Calcutta medical institutions reports 1871-78
Year: 1871
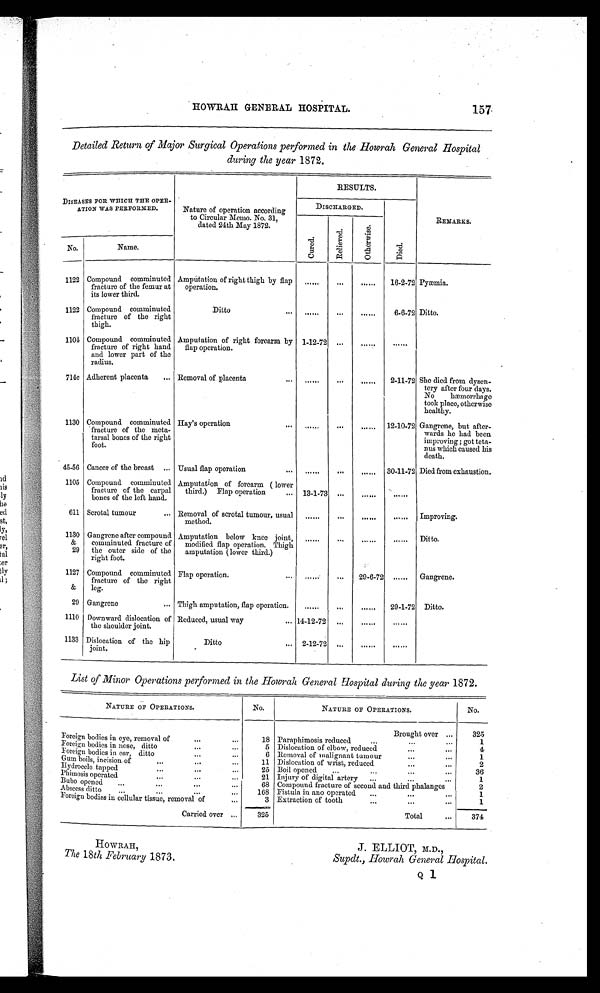
HOWRAH GENERAL HOSPITAL.
157
Detailed Return of Major Surgical Operations performed in the Howrah General Hospital
during the year 1872.
DISEASES FOR WHICH THE OPER-
ATION WAS PERFORMED.
Nature of operation according
to Circular Memo. No. 31,
dated 24th May 1872.
RESULTS.
REMARKS.
C
ur ed.
Re l i e v e d .
O t h e r w i s e .
Died.
No.
Name.
1122 Compound comminuted
fracture of the femur at
its lower third.
Amputation of right thigh by flap
operation.
......
...
......
16-2-72 Pyæmin
1122 Compound comminuted
fracture of the right
thigh.
Ditto
......
. . .
......
6-6-72 Ditto.
1101 Compound
c o m m i n u t e d
fracture of right hand
and lower part of the
radius.
Amputation of right forearm by
flap operation.
1-12-72 ... ......
......
714c Adherent placenta
. Removal of placenta
......
. . . ...... 2-11-72 She died from dysen-
tery after four days.
No
hæmorrhage
took place, otherwise
healthy.
1130 Compound comminuted.
fracture of the meta-
tarsal bones of the right
foot.
Hay's operation
......
...
...... 12-10-72 Gangrene, but after-
wards he had been
improving; got testa-
gnus which caused his
death.
45-56 Cancer of the breast
Usual flap operation
......
...
...... 30-11-72 Died from exhaustion.
1105 Compound comminuted
fracture of the carpal
bones of the left hand.
Amputation of forearm ( lower
third.) Flap operation
13-1-73 ...
......
......
611 Scrotal tumour
Removal of scrotal tumour, usual
method.
......
. . . ......
...... Improving.
1130
&
29
Gangrene after compound
comminuted fracture of
the outer side of the
right foot.
Amputation below knee joint,
modified flap operation. Thigh
amputation (lower third.)
......
...
...... ...... Ditto.
1127
&
Compound comminuted
fracture of the right
leg.
Flap operation.
......
...
29-6-72 ...... Gangrene.
29 Gangrene
Thigh amputation, flap operation.
......
...
...... 29-1-72 Ditto.
1110 Downward dislocation of
the shoulder joint.
Reduced, usual way
14-12-72 ...
......
......
1133 Dislocation of the hip
joint.
Ditto
2-12-72
. . .
......
......
List of Minor Operations performed in the Howrah General Hospital during the year 1872.
NATURE OF OPERATIONS.
No.
NATURE OF OPERATIONS.
No.
Foreign bodies in eye, removal of
18
Brought over
Paraphimosis reduced
325
1
Foreign bodies in nose, ditto
5 Dislocation of elbow, reduced
4
Foreign bodies in ear, ditto
6 Removal of malignant tumour
1
Gum boils, incision of
11 Dislocation of wrist, reduced
2
Bydrocele tapped
25 Boil opened
...
...
36
Phimosis operated
21 Injury of digital artery
1
Bubo opened
68 Compound fracture of second and third phalanges
2
Abscess ditto
168 Fistula in ano operated.
1
Foreign bodies in cellular tissue, removal of
3
--.........=
Extraction of tooth
"
1
Carried over
325
T o t a l
Total
3 7 4
C
HOWRAH,
The 18th February 1873. J. ELLIOT, M.D.,
TThe TTTTTThe 18th February 1873. Supdt., Howrah General Hospital.
Q 1